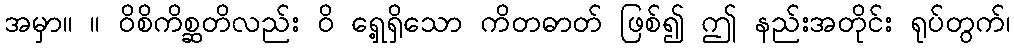
အမှာ။ ။ ဝိစိကိစ္ဆတိလည်း ဝိ ရှေ့ရှိသော ကိတဓာတ် ဖြစ်၍ ဤ နည်းအတိုင်း ရုပ်တွက်၊